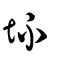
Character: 坏